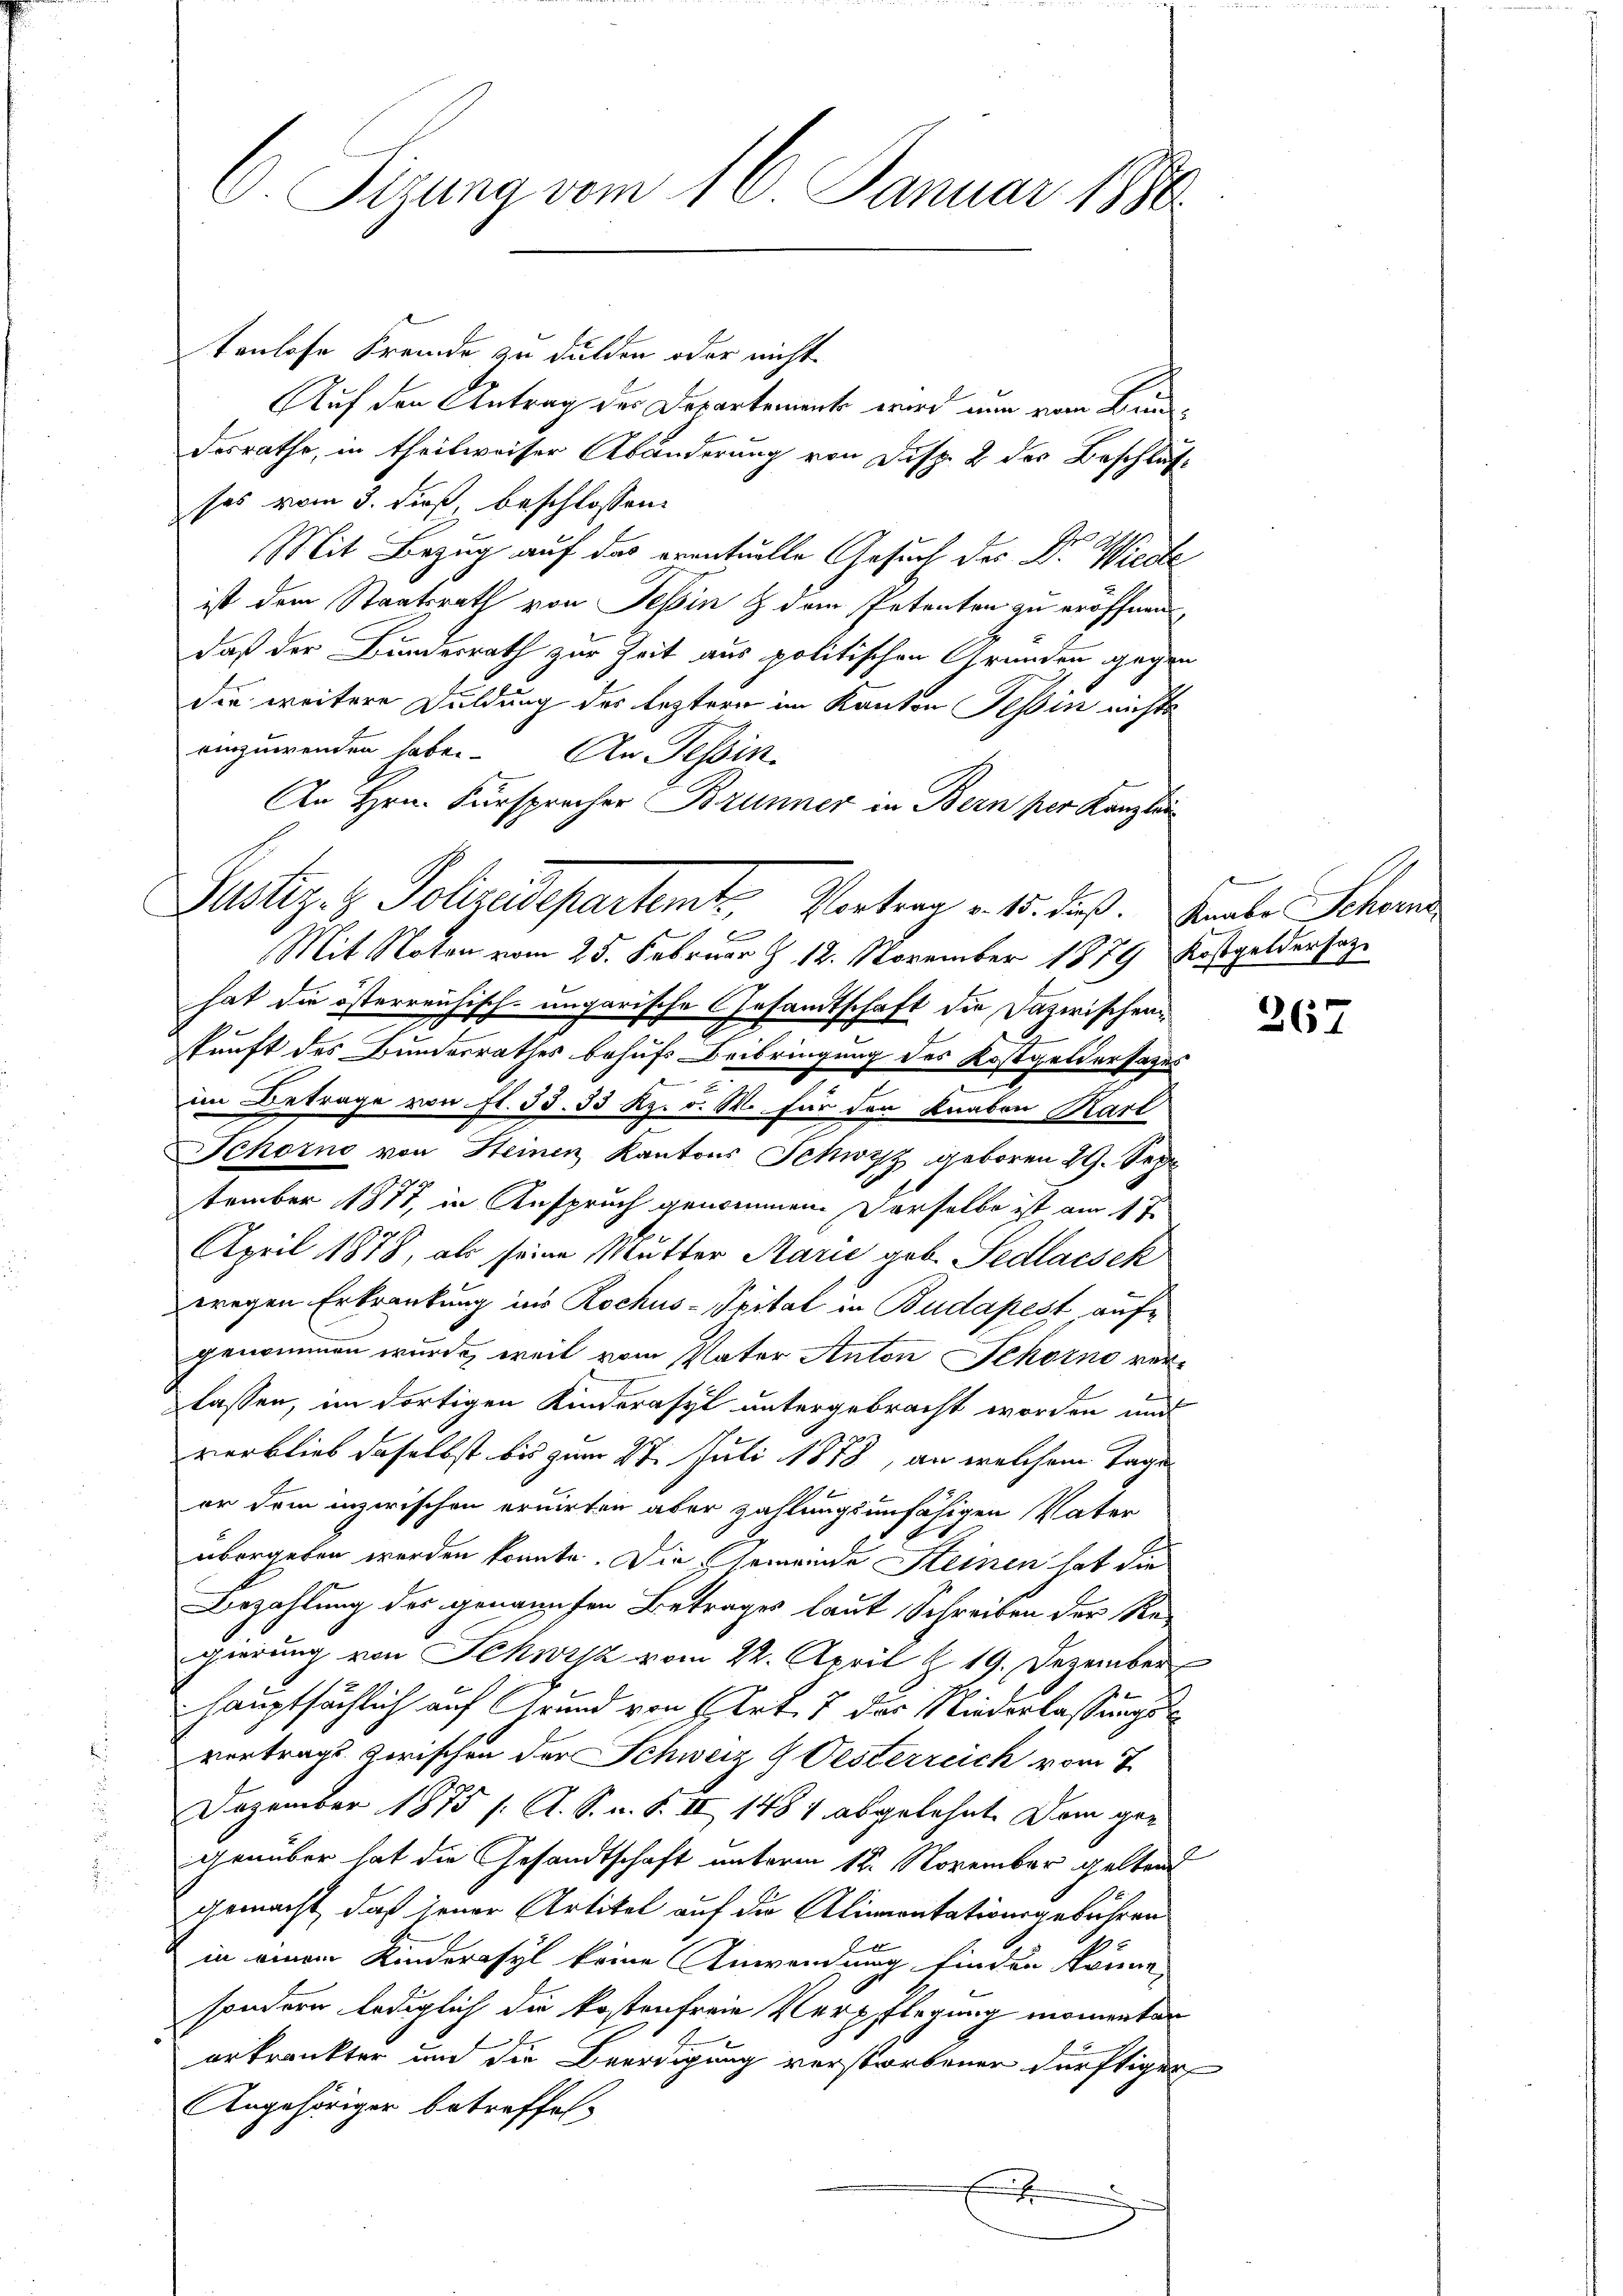
C. Sizung vom 16. Januar 1880

tenlose Fremde zu dulden oder nicht
Auf den Antrag der Departement wird nun vom Bunderrathe, in theilweiser Abänderung von Disp. 2 des Beschlusses vom 3. dieß, beschlossen:
Mit Bezug auf das eventuelle Gesuch der Dr. Wiede
ist dem Staatsrath von Tessin & dem Petenten zu eröffnen,
daß der Bundesrath zur Zeit aus politischen Gründen gegen
die weitere Duldung des leztern im Kanton Tessin nichts
einzuwenden haben. An Tessin
An Hrn. Fürsprecher Brunner in Bern per Kanzlei
B
Mit Noten vom 25. Februar Z. 12. November 1879 Kostgeldersag
hat die österreichisch-ungarische Gesandtschaft die Dazwischenkunft des Bundesrathes behufs Beibringung des Kostgeldersages
im Betrage von fl. 38. 33 Rp. v. M. für den Knaben Karl
Schorno von Steinen Kantons Schwyz geboren 29. Sep
tember 1877, in Anspruch genommen. Derselbe ist am 1 te
April 1878, als seine Mutter Marie geb. Pedlacsek
wegen Erkrankung ins Rochus-Spital in Budapest aufgenommen wurde, weil vom Vater Anton Schorno ver-
lassen, im dortigen Kinderasyl untergebracht worden und
verblieb daselbst bis zum 27. Juli 1858, an welchem Tage
er dem inzwischen eruirten aber zahlungsunfähigen Vater
übergeben werden konnte. Die Gemeinde Steinen hat die
Bezahlung des genannten Betrages laut Schreiben der Re-
gierung von Schwyz vom 22. April § 19. Dezember
hauptsächlich auf Grund von Art. 7 des Niederlassungsvertrags zwischen der Schweiz G Oesterreich vom 7
Dezember 1875 s. A. S. n. F. II 1484 abgelehnt. Dem grogenüber hat die Gesandtschaft unterm 12. November gelten
gemacht, daß jener Artikel auf die Alinventationsgebühren
2
in einem Kinderasyl keine Anwendung finden könne,
sondern lediglich die kostenfreie Verpflegung momenten
erkränkter und die Beerdigung verstorbenen dürftigen
Angehöriger betreffen.
f
.

Justiz- & Polizeidepartemt, Vertrag v. 15. Fuß. Grabe Scha

A

267